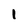
Character: 1